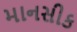
માનસીક